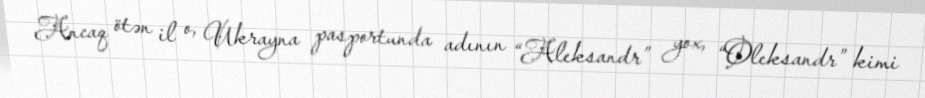
Ancaq ötən il o, Ukrayna pasportunda adının “Aleksandr” yox, “Oleksandr” kimi